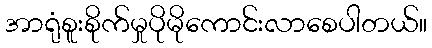
အာရုံစူးစိုက်မှုပိုမိုကောင်းလာစေပါတယ်။